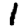
Digit: 1